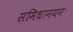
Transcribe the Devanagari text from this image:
समिधानयन